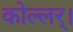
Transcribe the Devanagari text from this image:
कोल्लर्।